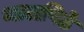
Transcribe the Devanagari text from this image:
थालपिठे